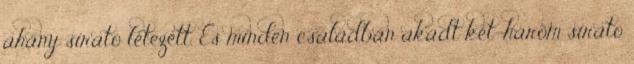
ahány sirató létezett. És minden családban akadt két-három sirató